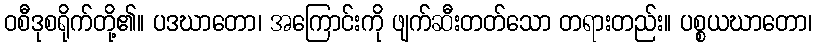
ဝစီဒုစရိုက်တို့၏။ ပဒဃာတော၊ အကြောင်းကို ဖျက်ဆီးတတ်သော တရားတည်း။ ပစ္စယဃာတော၊